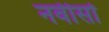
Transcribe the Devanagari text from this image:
नवीसों